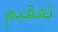
تعقيم